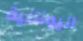
اليونانية